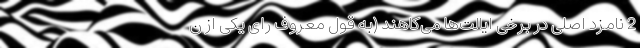
2 نامزد اصلی در برخی ایالت‌ها می‌کاهند (به قول معروف رای یکی از ن